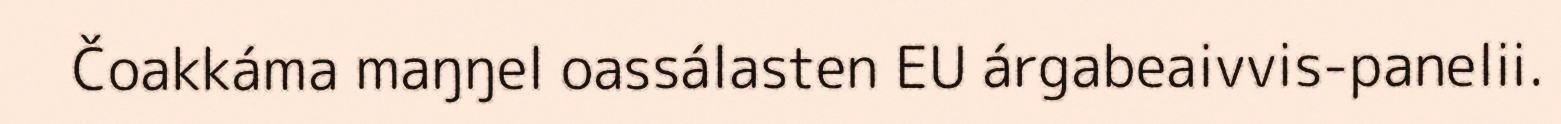
Čoakkáma maŋŋel oassálasten EU árgabeaivvis-panelii.